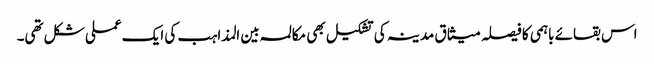
اس بقائے باہمی کا فیصلہ میثاق مدینہ کی تشکیل بھی مکالمہ بین المذاہب کی ایک عملی شکل تھی۔